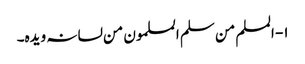
۱- المسلم من سلم المسلمون من لسانہ ویدہ۔